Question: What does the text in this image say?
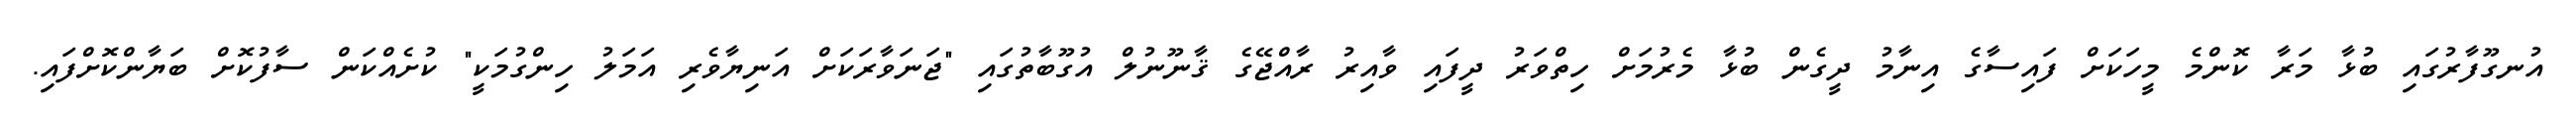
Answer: އުނގޫފާރުގައި ބުޅާ މަރާ ކޮންމެ މީހަކަށް ފައިސާގެ އިނާމު ދީގެން ބުޅާ މެރުމަށް ހިތްވަރު ދީފައި ވާއިރު ރާއްޖޭގެ ޤާނޫނުލް އުގޫބާތުގައި "ޖަނަވާރަކަށް އަނިޔާވެރި އަމަލު ހިންގުމަކީ" ކުށެއްކަން ސާފުކޮށް ބަޔާންކޮށްފައި.